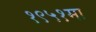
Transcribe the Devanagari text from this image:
१९५१मा